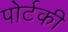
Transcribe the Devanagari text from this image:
पोर्टकी